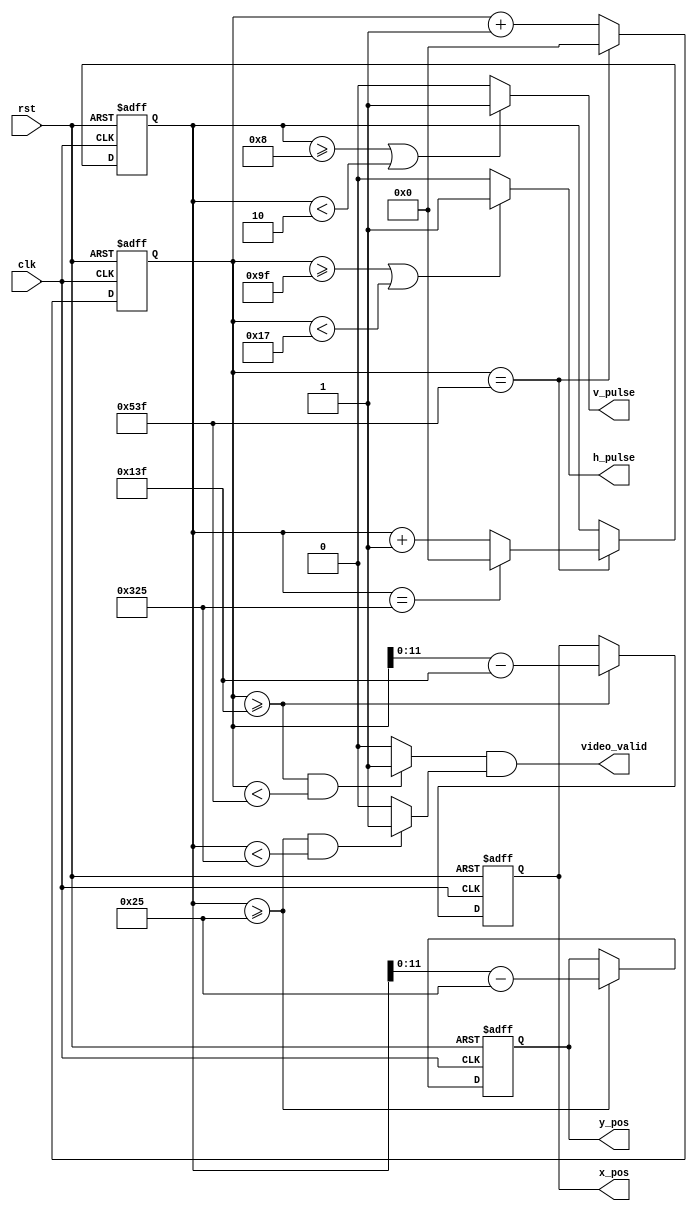
// generate sync signals & display
module vga_sync(
	input                 clk,           //pixel clock
	input                 rst,           //reset signal high active
	output                h_pulse,        //horizontal synchronization pulse
	output                v_pulse,        //vertical synchronization pulse
	output                video_valid,    //video valid
	output reg [11:0]     x_pos,     //x position
    output reg [11:0]     y_pos      //Y position
);

//define vga mode related resolution parameters

// 1024*768
parameter HORI_ACTIVE = 12'd1024;
parameter HORI_FP = 12'd24;      
parameter HORI_SYNCP = 12'd136;   
parameter HORI_BP = 12'd160;     
parameter VERT_ACTIVE = 12'd768; 
parameter VERT_FP  = 12'd3;      
parameter VERT_SYNCP  = 12'd6;    
parameter VERT_BP  = 12'd29;     
parameter HS_POL = 1'b0;
parameter VS_POL = 1'b0;

parameter HORI_WHOLE = HORI_ACTIVE + HORI_FP + HORI_SYNCP + HORI_BP; //horizontal (pixels) whole line 
parameter VERT_WHOLE = VERT_ACTIVE + VERT_FP + VERT_SYNCP + VERT_BP; //vertical (lines) whole frame

reg [15:0] h_counter;             //horizontal counter
reg [15:0] v_counter;             //vertical counter

wire h_valid;                    //horizontal valid active zone 
wire v_valid;                    //vertical valid active zone              

always@(posedge clk or posedge rst)
begin
	if(rst == 1'b1)
		h_counter <= 0;
	else if(h_counter == HORI_WHOLE - 1)
		h_counter <= 0;
	else
		h_counter <= h_counter + 1; //h counter ++ after one pixel done
end

always@(posedge clk or posedge rst)
begin
	if(rst == 1'b1)
		v_counter <= 0;
	else if(h_counter == HORI_WHOLE - 1)begin //v counter ++ only after one row done
		if(v_counter == VERT_WHOLE - 1)begin 
			v_counter <= 0;
		end
		else begin
		v_counter <= v_counter + 1;
		end 
	end
	else begin
		v_counter <= v_counter;
	end
end 

assign h_pulse = ((h_counter >= HORI_FP + HORI_SYNCP - 1) || (h_counter < HORI_FP - 1))? 1'b1:1'b0;
assign v_pulse = ((v_counter >= VERT_FP + VERT_SYNCP - 1) || (v_counter < VERT_FP - 1))? 1'b1:1'b0;
assign h_valid = ((h_counter >= HORI_FP + HORI_SYNCP + HORI_BP - 1) && (h_counter < HORI_WHOLE - 1)) ? 1'b1:1'b0;
assign v_valid = ((v_counter >= VERT_FP + VERT_SYNCP + VERT_BP - 1) && (v_counter < VERT_WHOLE - 1)) ? 1'b1:1'b0;
assign video_valid = h_valid & v_valid;

//get x/y positions
always@(posedge clk or posedge rst)
begin
	if(rst == 1'b1)
		x_pos <= 0;
	else if(h_counter >= HORI_FP + HORI_SYNCP + HORI_BP - 1)
		x_pos <= h_counter - (HORI_FP + HORI_SYNCP + HORI_BP - 1); //current total counts - blanking counts
	else
		x_pos <= x_pos;
end

always@(posedge clk or posedge rst)
begin
	if(rst == 1'b1)
		y_pos <= 0;
	else if(v_counter >= VERT_FP + VERT_SYNCP + VERT_BP - 1)
		y_pos <= v_counter - (VERT_FP + VERT_SYNCP + VERT_BP - 1); //current total counts - blanking counts
	else
		y_pos <= y_pos;
end

endmodule